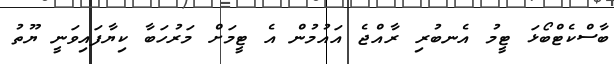
ބާސްކެޓްބޯޅަ ޓީމު އެނބުރި ރާއްޖެ އައުމުން އެ ޓީމަށް މަރުހަބާ ކިޔާފައިވަނީ ޔޫތު